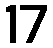
17